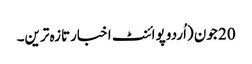
20 جون (اُردو پوائنٹ اخبارتازہ ترین۔